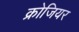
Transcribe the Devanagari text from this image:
क्रोजियर